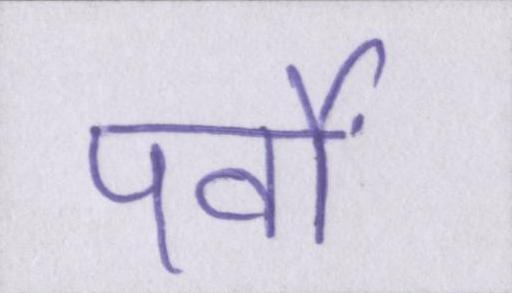
पर्वों